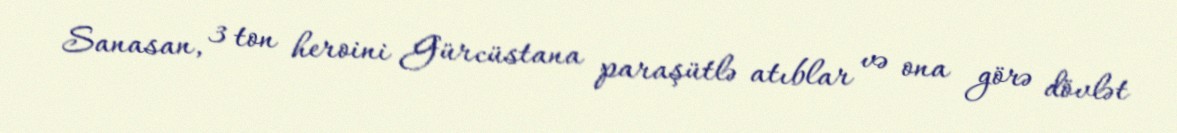
Sanasan, 3 ton heroini Gürcüstana paraşütlə atıblar və ona görə dövlət